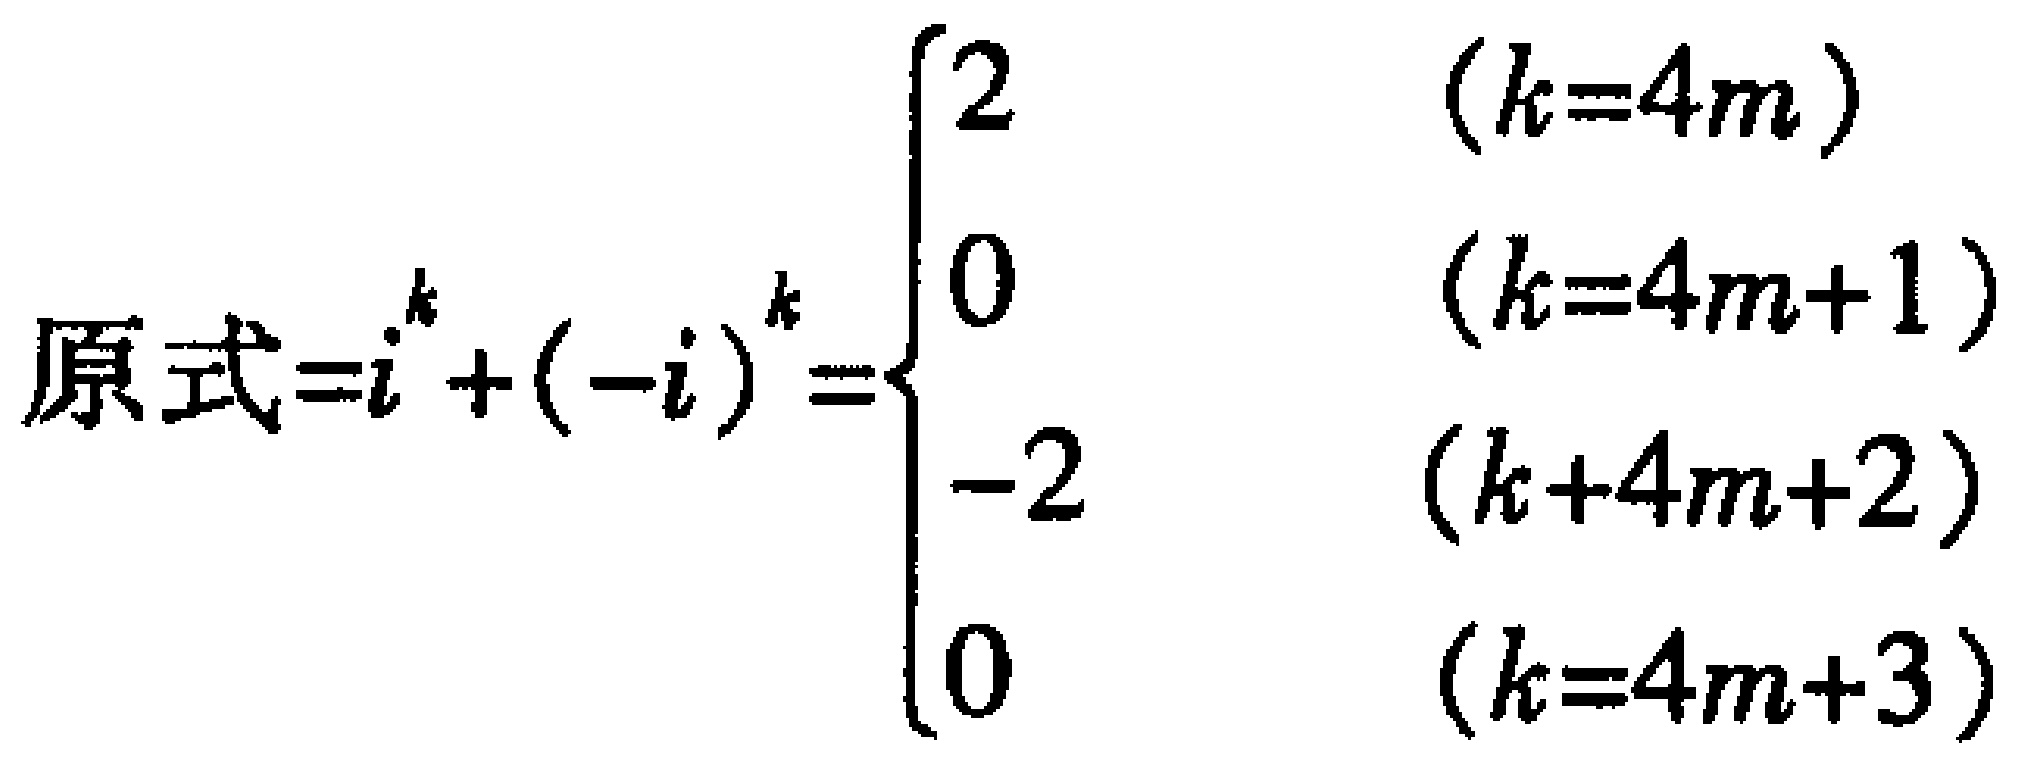
原式\(=i^{k}+(-i)^{k}=\begin{cases}

2&(k = 4m)\\

0&(k = 4m + 1)\\

-2&(k = 4m+2)\\

0&(k = 4m + 3)

\end{cases}\)